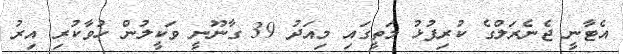
އެޓާނީ ޖެނެރަލްގެ ކުރިފުޅު މަތީގައި މިއަދު 39 ގާނޫނީ ވަކީލުން ހުވާކުރި އިރު